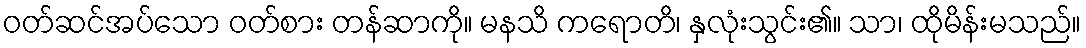
ဝတ်ဆင်အပ်သော ဝတ်စား တန်ဆာကို။ မနသိ ကရောတိ၊ နှလုံးသွင်း၏။ သာ၊ ထိုမိန်းမသည်။